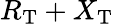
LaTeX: R_{\mathrm{T}}+X_{\mathrm{T}}